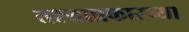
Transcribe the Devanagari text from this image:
तश्याप्रकारच्या